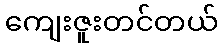
ကျေးဇူးတင်တယ်